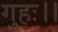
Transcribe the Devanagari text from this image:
गुहः।।